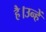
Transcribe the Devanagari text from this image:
है।उन्हें